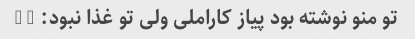
تو منو نوشته بود پیاز کاراملی ولی تو غذا نبود: - (